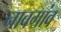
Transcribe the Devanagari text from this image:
नावगांव